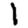
Digit: 1